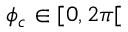
\phi _ { c } \in [ 0 , 2 \pi [